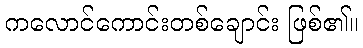
ကလောင်ကောင်းတစ်ချောင်း ဖြစ်၏။